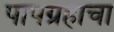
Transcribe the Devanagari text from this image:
पापग्रहाचा